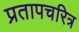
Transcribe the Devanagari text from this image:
प्रतापचरित्र